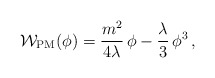
\begin{align*}{\cal W}_{\rm PM}(\phi ) =\frac{m^2}{4\lambda}\,\phi-\frac{\lambda}{3}\,\phi^3\,,\end{align*}